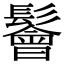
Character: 鬠